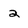
Character: 2